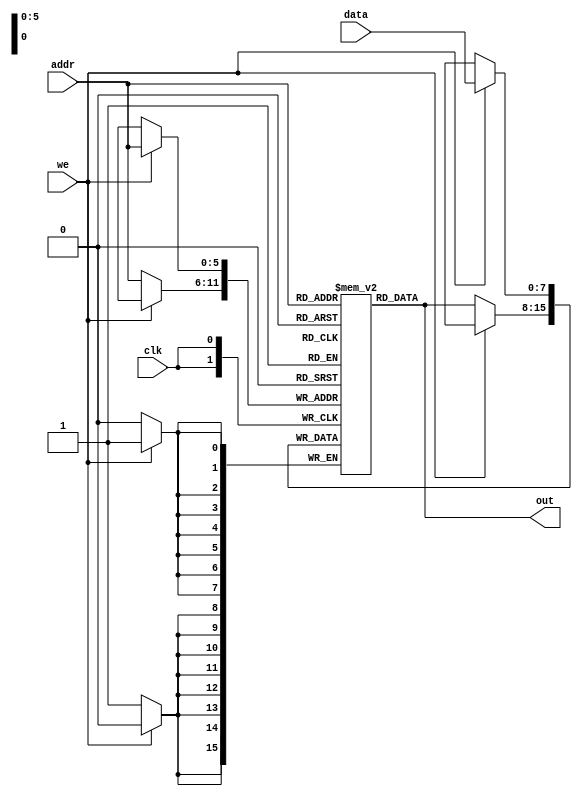
module memory (
    input                     clk,
    input                     we,
    input  [5:0] addr,
    input  [7:0] data,
    output [7:0] out
);
    
    reg [7:0] mem [2**6 - 1:0];
     

    // integer i;

    always @(posedge clk) begin
        if(we) 
            mem[addr] <= data;
        else 
            mem[addr] <= mem[addr];
    end
    

    assign out = mem[addr];

endmodule